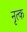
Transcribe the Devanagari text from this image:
नृत्क